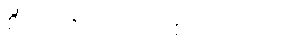
စိတ်တိုတာ ကို စိတ်တိုတာ။